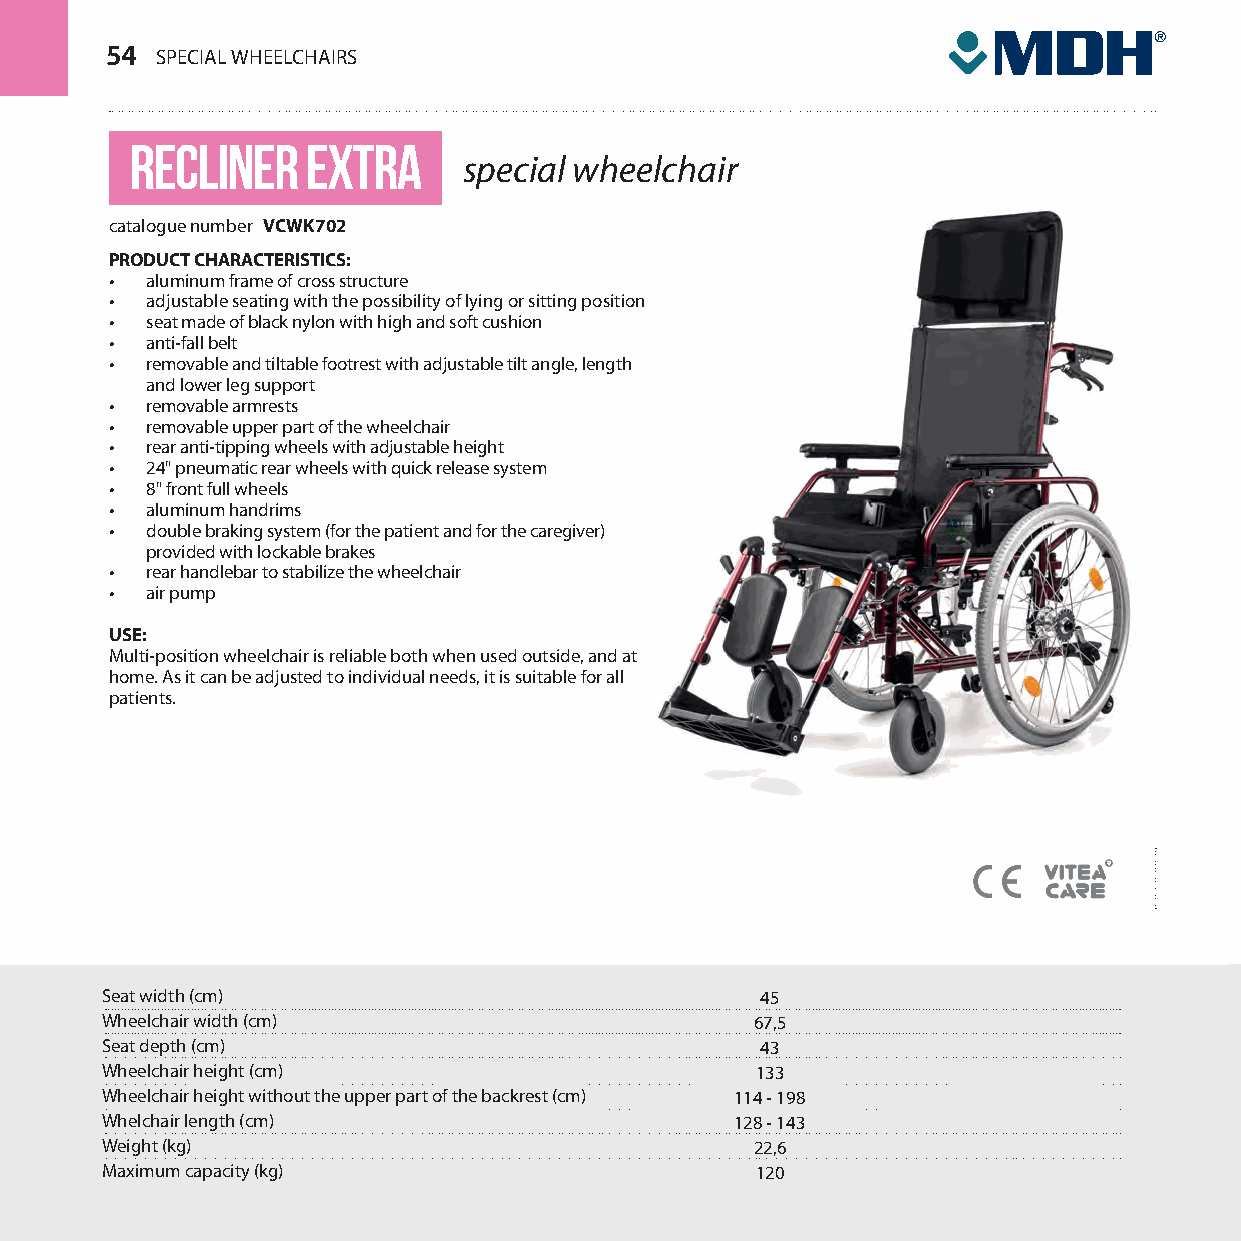
54 SPECIAL WHEELCHAIRS
 recliner   extra
 special wheelchair
 catalogue number VCWK702
 PRODUCT CHARACTERISTICS:
 •  aluminum frame of cross structure
 •  adjustable seating with the possibility of lying or sitting position
 •  seat made of black nylon with high and soft cushion
 •  anti-fall belt
 •  removable and tiltable footrest with adjustable tilt angle, length
 and lower leg support
 •  removable armrests
 •  removable upper part of the wheelchair
 •  rear anti-tipping wheels with adjustable height
 •  24" pneumatic rear wheels with quick release system
 •  8" front full wheels
 •  aluminum handrims
 •  double braking system (for the patient and for the caregiver)
 provided with lockable brakes
 •  rear handlebar to stabilize the wheelchair
 •  air pump
 USE:
 Multi-position wheelchair is reliable both when used outside, and at
 home. As it can be adjusted to individual needs, it is suitable for all
 patients.
 Seat width (cm)                            45
 Wheelchair width (cm)                      67,5
 Seat depth (cm)                            43
 Wheelchair height (cm)                     133
 Wheelchair height without the upper part of the backrest (cm) 114 - 198
 Whelchair length (cm)                     128 - 143
 Weight (kg)                                22,6
 Maximum capacity (kg)                      120